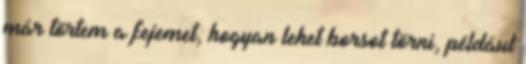
már törtem a fejemet, hogyan lehet borsot törni, például